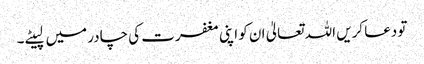
تو دعا کریں اللہ تعالیٰ ان کو اپنی مغفرت کی چادر میں لپیٹے۔